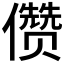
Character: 𰃆